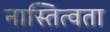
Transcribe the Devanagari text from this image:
नास्तित्वता